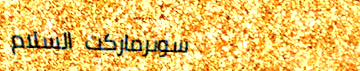
سوبرماركت السلام